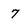
Character: 7